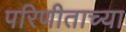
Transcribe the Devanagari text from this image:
परिणीताच्या